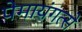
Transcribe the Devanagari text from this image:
पेमायंगत्से